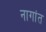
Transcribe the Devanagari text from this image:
नागांत